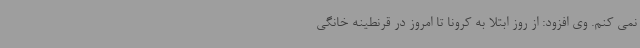
نمی کنم. وی افزود: از روز ابتلا به کرونا تا امروز در قرنطینه خانگی